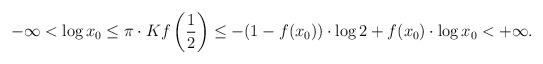
LaTeX: \begin{align*}-\infty< \log x_0 \leq \pi \cdot Kf\left( \frac12 \right) \leq -(1-f(x_0))\cdot \log 2 + f(x_0) \cdot \log x_0< +\infty. \end{align*}